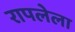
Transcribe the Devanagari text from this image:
रापलेला